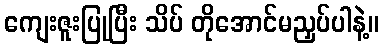
ကျေးဇူးပြုပြီး သိပ် တိုအောင်မညှပ်ပါနဲ့။